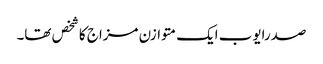
صدرایوب ایک متوازن مزاج کاشخص تھا۔